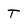
Character: T